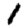
Digit: 1